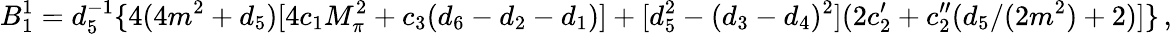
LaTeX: B_{1}^{1}=d_{5}^{-1}\{ 4(4m^{2}+d_{5})[4c_{1}M_{\pi}^{2}+c_{3}(d_{6}-d_{2}-d_{1})]+[d_{5}^{2}-(d_{3}-d_{4})^{2}](2c_{2}^{\prime}+c_{2}^{\prime\prime}(d_{5}/(2m^{2})+2)]\} \, ,